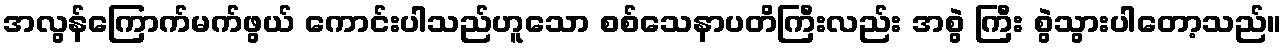
အလွန်ကြောက်မက်ဖွယ် ကောင်းပါသည်ဟူသော စစ်သေနာပတိကြီးလည်း အစွဲ ကြီး စွဲသွားပါတော့သည်။